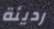
رديئة